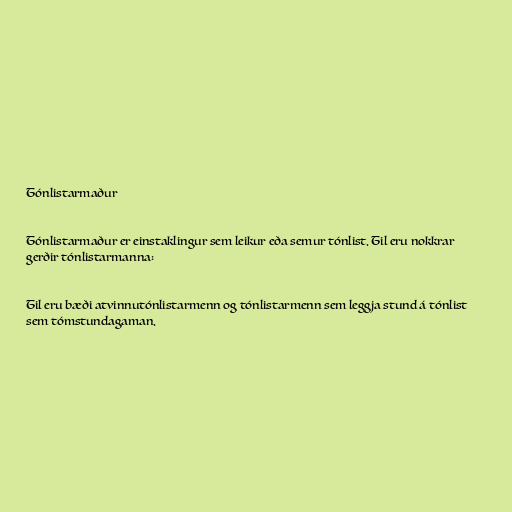
Tónlistarmaður

Tónlistarmaður er einstaklingur sem leikur eða semur tónlist. Til eru nokkrar
gerðir tónlistarmanna:

Til eru bæði atvinnutónlistarmenn og tónlistarmenn sem leggja stund á tónlist
sem tómstundagaman.